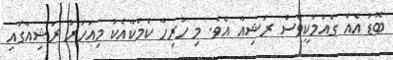
ބޮޑު އެއް ގައުމަކީވެސް ރަޝިއާ އެވެ. މި ހުރިހާ ކަމަކާއެކު މިއަހަރު ރަޝިއާގައި